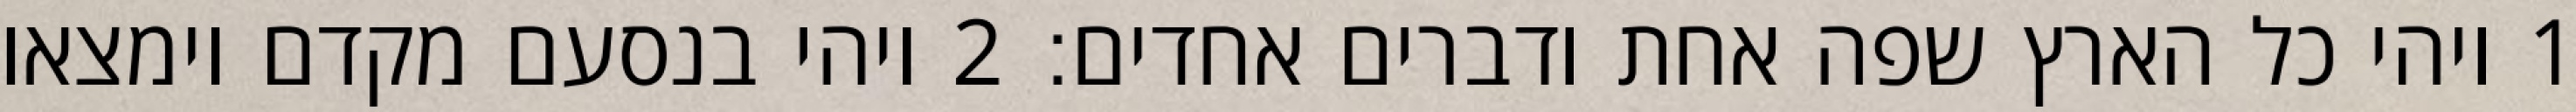
1 ויהי כל הארץ שפה אחת ודברים אחדים׃ ‎2‏ ויהי בנסעם מקדם וימצאו